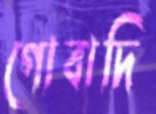
গোবাদি